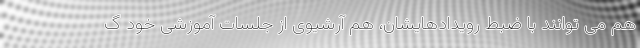
هم می توانند با ضبط رویدادهایشان، هم آرشیوی از جلسات آموزشی خود گ